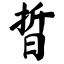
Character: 晢